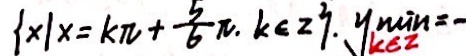
\{ x \vert x = k \pi + \frac { 5 } { 6 } \pi . k \in z \} . y ^ { \mu i n } _ { k \in z } = -